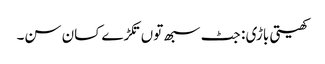
کھیتی باڑی : جٹ سبھ توں تکڑے کسان سن۔